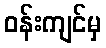
ဝန်းကျင်မှ